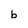
Character: b